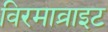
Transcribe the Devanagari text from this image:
विरमाव्राइट